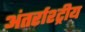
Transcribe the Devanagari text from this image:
अंतर्राश्ट्रीय